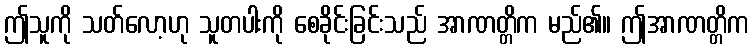
ဤသူကို သတ်လော့ဟု သူတပါးကို စေခိုင်းခြင်းသည် အာဏတ္တိက မည်၏။ ဤအာဏတ္တိက